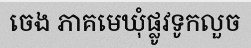
ចេង ភាគមេឃុំផ្លូវទូកលួច